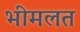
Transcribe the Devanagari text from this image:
भीमलत